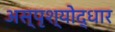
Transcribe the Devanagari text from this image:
अस्पृश्योद्धार